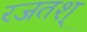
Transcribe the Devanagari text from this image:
रजतश्